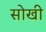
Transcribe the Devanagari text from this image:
सोखी